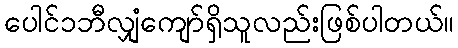
ပေါင်၁ဘီလျှံကျော်ရှိသူလည်းဖြစ်ပါတယ်။